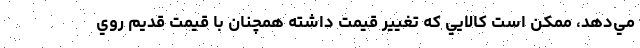
مي‌دهد، ممكن است كالايي كه تغيير قيمت داشته همچنان با قيمت قديم روي